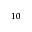
^ { 1 0 }